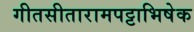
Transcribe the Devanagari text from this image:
गीतसीतारामपट्टाभिषेक